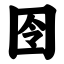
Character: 囹